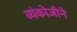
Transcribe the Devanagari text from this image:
व्यंकोजीने